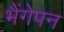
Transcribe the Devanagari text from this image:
भैंगेपन